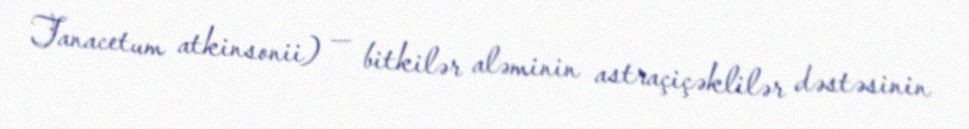
Tanacetum atkinsonii) — bitkilər aləminin astraçiçəklilər dəstəsinin